Calcutta medical institutions reports 1892-1900
Year: 1892
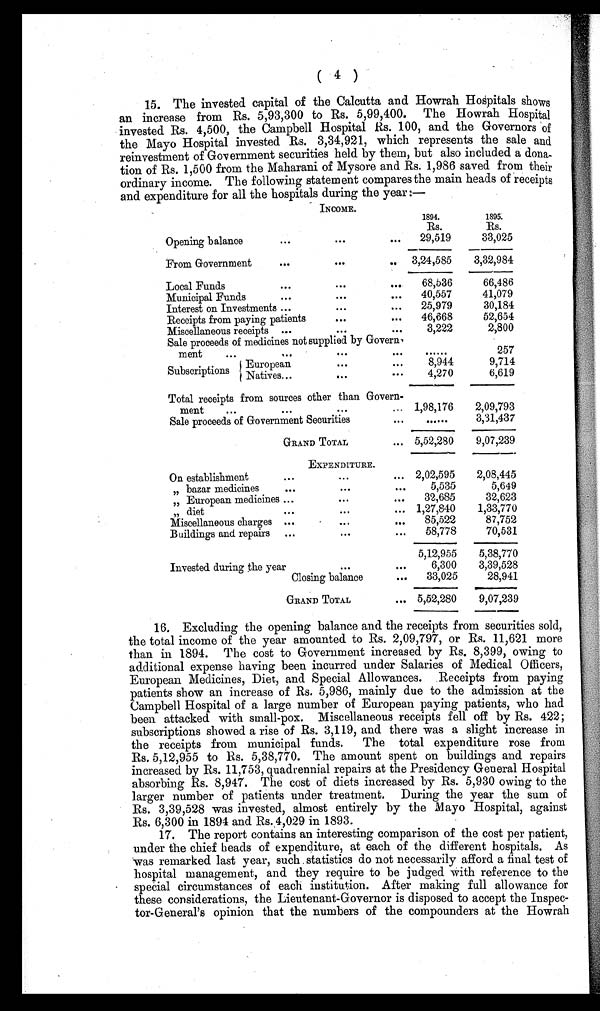
(4)
15. The invested capital of the Calcutta and Howrah Hospitals shows
an increase from Rs. 5,93,300 to Rs. 5,99,400. The Howrah Hospital
invested Rs. 4,500, the Campbell Hospital Rs. 100, and the Governors of
the Mayo Hospital invested Rs. 3,34,921, which represents the sale and
reinvestment of Government securities held by them, but also included a dona
-tion of Rs. 1,500 from the Maharani of Mysore and Rs. 1,986 saved from their
ordinary income. The following statement compares the main heads of receipts
and expenditure for all the hospitals during the year:-
INCOME.
1894.
1895.
Rs.
Rs.
Opening balance
29,519
33,025
From Government
3,24,585
3,32,984
Local Funds
68,536
66,486
Municipal Funds
40,557
41,079
Interest on Investments
25,979
30,184
Receipts from paying patients
46,668
52,654
Miscellaneous receipts
3,222
2,800
Sale proceeds of medicines not supplied by Govern
ment
257
Subscriptions
European
8,944
9,714
Natives
4,270
6,619
Total receipts from sources other than Govern-
ment
1,98,176
2,09,793
Sale proceeds of Government Securities
3,31,437
GRAND TOTAL
5,52,280
9,07,239
EXPENDITURE.
On establishment
2,02,595
2,08,445
„bazar medicines
5,535
5,649
32,685
32,623
„European medicines
1,27,840
1,33,770
„diet
Miscellaneous charges
85,522
87,752
Buildings and repairs
58,778
70,531
5,12,955
5,38,770
Invested during the year
6,300
3,39,528
Closing balance
33,025
28,941
GRAND TOTAL
5,52,280
9,07,239
16. Excluding the opening balance and the receipts from securities sold,
the total income of the year amounted to Rs. 2,09,797, or Rs. 11,621 more
than in 1894. The cost to Government increased by Rs. 8,399, owing to
additional expense having been incurred under Salaries of Medical Officers,
European Medicines, Diet, and Special Allowances. Receipts from paying
patients show an increase of Rs. 5,986, mainly due to the admission at the
Campbell Hospital of a large number of European paying patients, who had
been attacked with small-pox. Miscellaneous receipts fell off by Rs. 422;
subscriptions showed a rise of Rs. 3,119, and there was a slight increase in
the receipts from municipal funds. The total expenditure rose from
Rs. 5,12,955 to Rs. 5,38,770. The amount spent on buildings and repairs
increased by Rs. 11,753, quadrennial repairs at the Presidency General Hospital
absorbing Rs. 8,947. The cost of diets increased by Rs. 5,930 owing to the
larger number of patients under treatment. During the year the sum of
Rs. 3,39,528 was invested, almost entirely by the Mayo Hospital, against
Rs. 6,300 in 1894 and Rs. 4,029 in 1893.
17. The report contains an interesting comparison of the cost per patient,
under the chief heads of expenditure, at each of the different hospitals. As
was remarked last year, such statistics do not necessarily afford a final test of
hospital management, and they require to be judged with reference to the
special circumstances of each institution. After making full allowance for
these considerations, the Lieutenant-Governor is disposed to accept the Inspec
- t o r - G e n e r a l ' s o p i n i o n t h a t t h e n u m b e r s o f t h e c o m p o u n d e r s a t t h e H o w r a h